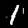
Label: 1